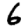
Digit: 6